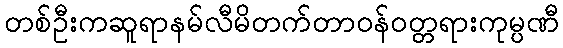
တစ်ဦးကဆူရာနမ်လီမိတက်တာဝန်ဝတ္တရားကုမ္ပဏီ